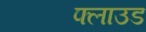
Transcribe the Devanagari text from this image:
फ्लाउड